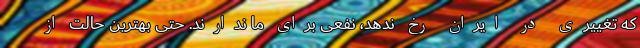
که تغییری در ایران رخ ندهد، نفعی برای ما ندارند. حتی بهترین حالت از